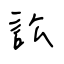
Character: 訟